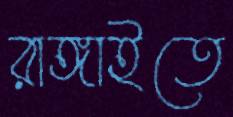
রাঙ্গাইতে